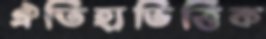
ঐতিহ্যভিত্তিক